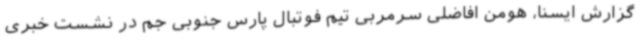
گزارش ایسنا، هومن افاضلی سرمربی تیم فوتبال پارس جنوبی جم در نشست خبری